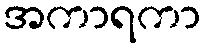
အကာရကာ